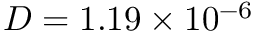
D = 1 . 1 9 \times 1 0 ^ { - 6 }